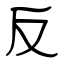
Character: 反